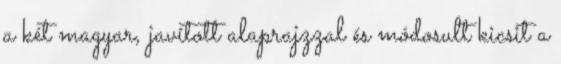
a két magyar, javított alaprajzzal és módosult kicsit a